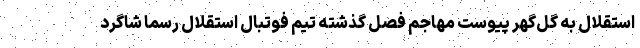
استقلال به گل‌گهر پیوست مهاجم فصل گذشته تیم فوتبال استقلال رسما شاگرد